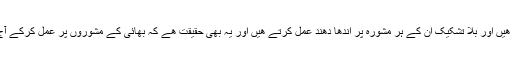
برادر,کلاں کا بے حد احترام کرتے ھیں اور بلا تشکیک ان کے ہر مشورہ پر اندھا دھند عمل کرتے ھیں اور یہ بھی حقیقت ھے کہ بھائی کے مشوروں پر عمل کرکے آج تک انہیں ہزیمت نہیں اٹھانی پڑی۔